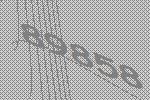
89858